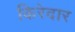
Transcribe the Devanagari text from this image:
किरेदार